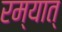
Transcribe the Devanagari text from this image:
रम्यात्